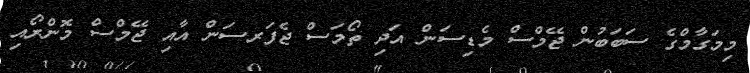
މިމަގާމްގެ ސަބަބުން ޖޭމްސް މެޑިސަން އަދި ތޯމަސް ޖެފަރސަން އާއި ޖޭމްސް މޮންރޯއި